Lunatic asylums Punjab 1868-1880 - 1868-1880
Year: 1868
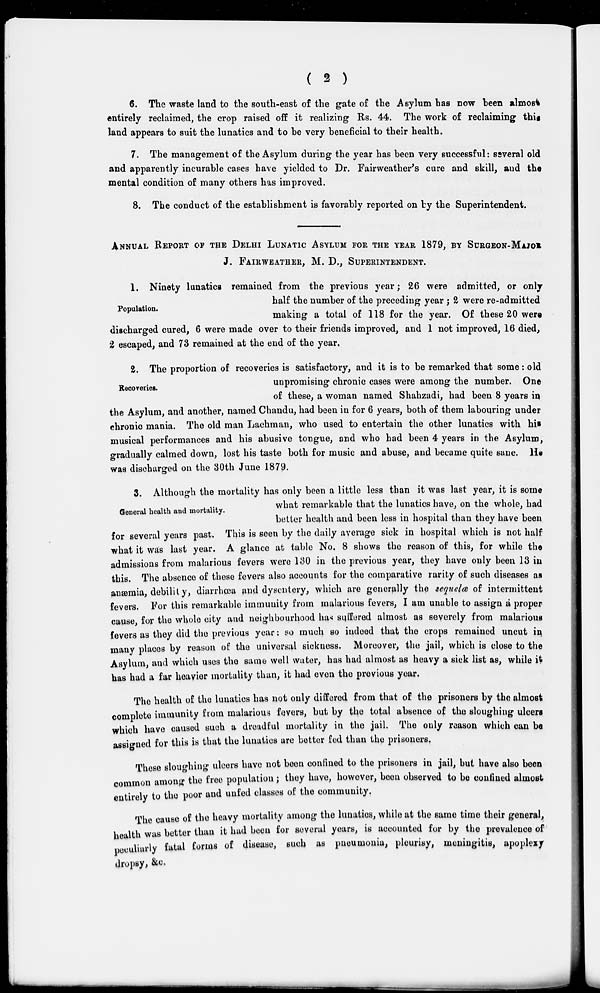
( 2 )
6. The waste land to the south-east of the gate of the Asylum has now been almost
entirely reclaimed, the crop raised off it realizing Rs. 44. The work of reclaiming this§
land appears to suit the lunatics and to be very beneficial to their health.
7. The management of the Asylum during the year has been very successful: several old
and apparently incurable cases have yielded to Dr. FAIRWEATHER's cure and skill, and the
mental condition of many others has improved.
8. The conduct of the establishment is favorably reported on by the Superintendent.
ANNUAL REPORT OF THE DELHI LUNATIC ASYLUM FOR THE YEAR 1879, BY SURGEON-MAJOR
J. FAIRWEATHER, M. D., SUPERINTENDENT.
Population.
1. Ninety lunatics remained from the previous year ; 26 were admitted, or only
half the number of the preceding year ; 2 were re-admitted
making a total of 118 for the year. Of these 20 were
discharged cured, 6 were made over to their friends improved, and 1 not improved, 16 died,
2 escaped, and 73 remained at the end of the year.
Recoveries.
2. The proportion of recoveries is satisfactory, and it is to be remarked that some : old
unpromising chronic cases were among the number. One
of these, a woman named Shahzadi, had been 8 years in
the Asylum, and another, named Chandu, had been in for 6 years, both of them labouring under
chronic mania. The old man Lachman, who used to entertain the other lunatics with his
musical performances and his abusive tongue, and who had been 4 years in the Asylum,
gradually calmed down, lost his taste both for music and abuse, and became quite sane. He
was discharged on the 30th June 1879.
General health and mortality.
3. Although the mortality has only been a little less than it was last year, it is some
what remarkable that the lunatics have, on the whole, had
better health and been less in hospital than they have been
for several years past. This is seen by the daily average sick in hospital which is not half
what it was last year. A glance at table No, 8 shows the reason of this, for while the
admissions from malarious fevers were 130 in the previous year, they have only been 13 in
this. The absence of these fevers also accounts for the comparative rarity of such diseases as
anæmia, debility, diarrhoea and dysentery, which are generally the sequela of intermittent
fevers. For this remarkable immunity from malarious fevers, I am unable to assign a proper
cause, for the whole city and neighbourhood has suffered almost as severely from malarious
fevers as they did the previous year: so much so indeed that the crops remained uncut in,
many places by reason of the universal sickness. Moreover, the jail, which is close to the
Asylum, and which uses the same well water, has had almost as heavy a sick list as, while it
has had a far heavier mortality than, it had even the previous year.
The health of the lunatics has not only differed from that of the prisoners by the almost
complete immunity from malarious fevers, but by the total absence of the sloughing ulcers
which have caused such a dreadful mortality in the jail. The only reason which can be
assigned for this is that the lunatics are better fed than the prisoners.
These sloughing ulcers have not been confined to the prisoners in jail, but have also been
common among the free population ; they have, however, been observed to be confined almost
entirely to the poor and unfed classes of the community.
The cause of the heavy mortality among the lunatics, while at the same time their general,
health was better than it had been for several years, is accounted for by the prevalence of
peculiarly fatal forms of disease, such as pneumonia, pleurisy, meningitis, apoplexy
dropsy, &c.